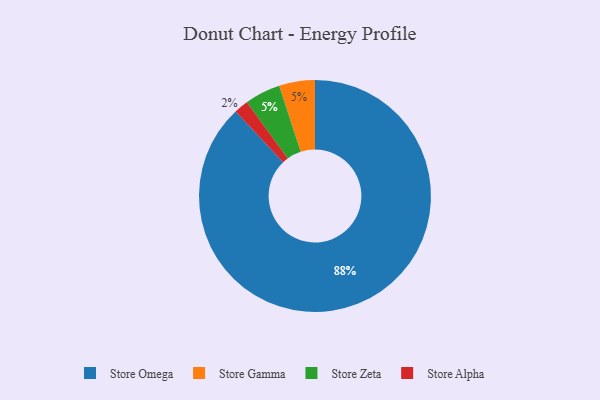
{"axis": {"x": "Category", "y": "Percentage"}, "legend": ["Store Alpha", "Store Gamma", "Store Omega", "Store Zeta"], "data": [{"x": "Store Gamma", "y": 5, "type": "Store Gamma"}, {"x": "Store Alpha", "y": 2, "type": "Store Alpha"}, {"x": "Store Omega", "y": 88, "type": "Store Omega"}, {"x": "Store Zeta", "y": 5, "type": "Store Zeta"}]}